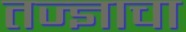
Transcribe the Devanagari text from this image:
तज्‍ज्ञाचा